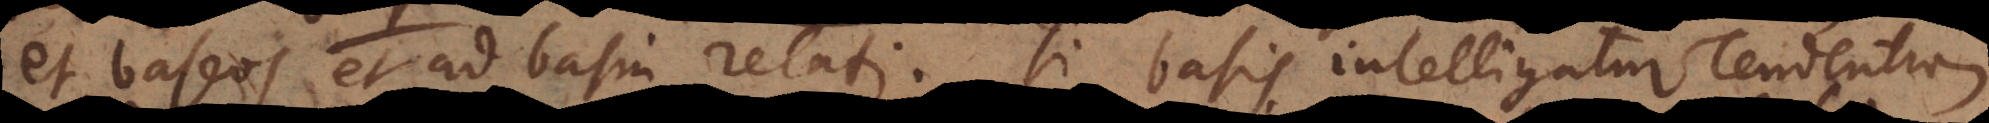
et baseos et ad basin relati. Si basis intelligatur tendentiam